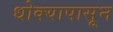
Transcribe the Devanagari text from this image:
धोक्यापासून